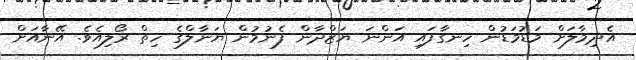
އެދިމާލަށް މަޑުމަޑުން ހިނގާފައި އަންނަ ޔަޒްދާން ފެނުމުން ޔަނާލްގެ ހިތް ރޯލިއެވެ. އޭނާއަށް